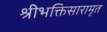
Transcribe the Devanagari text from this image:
श्रीभक्तिसारामृत